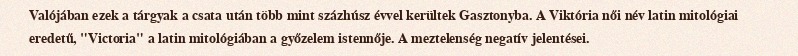
Valójában ezek a tárgyak a csata után több mint százhúsz évvel kerültek Gasztonyba. A Viktória női név latin mitológiai eredetű, "Victoria" a latin mitológiában a győzelem istennője. A meztelenség negatív jelentései.